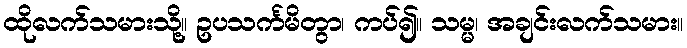
ထိုလက်သမားသို့။ ဥပသင်္ကမိတွာ၊ ကပ်၍။ သမ္မ၊ အချင်းလက်သမား။